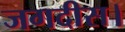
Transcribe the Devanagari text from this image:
जगदीस।